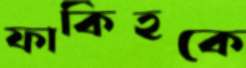
ফাকিহকে